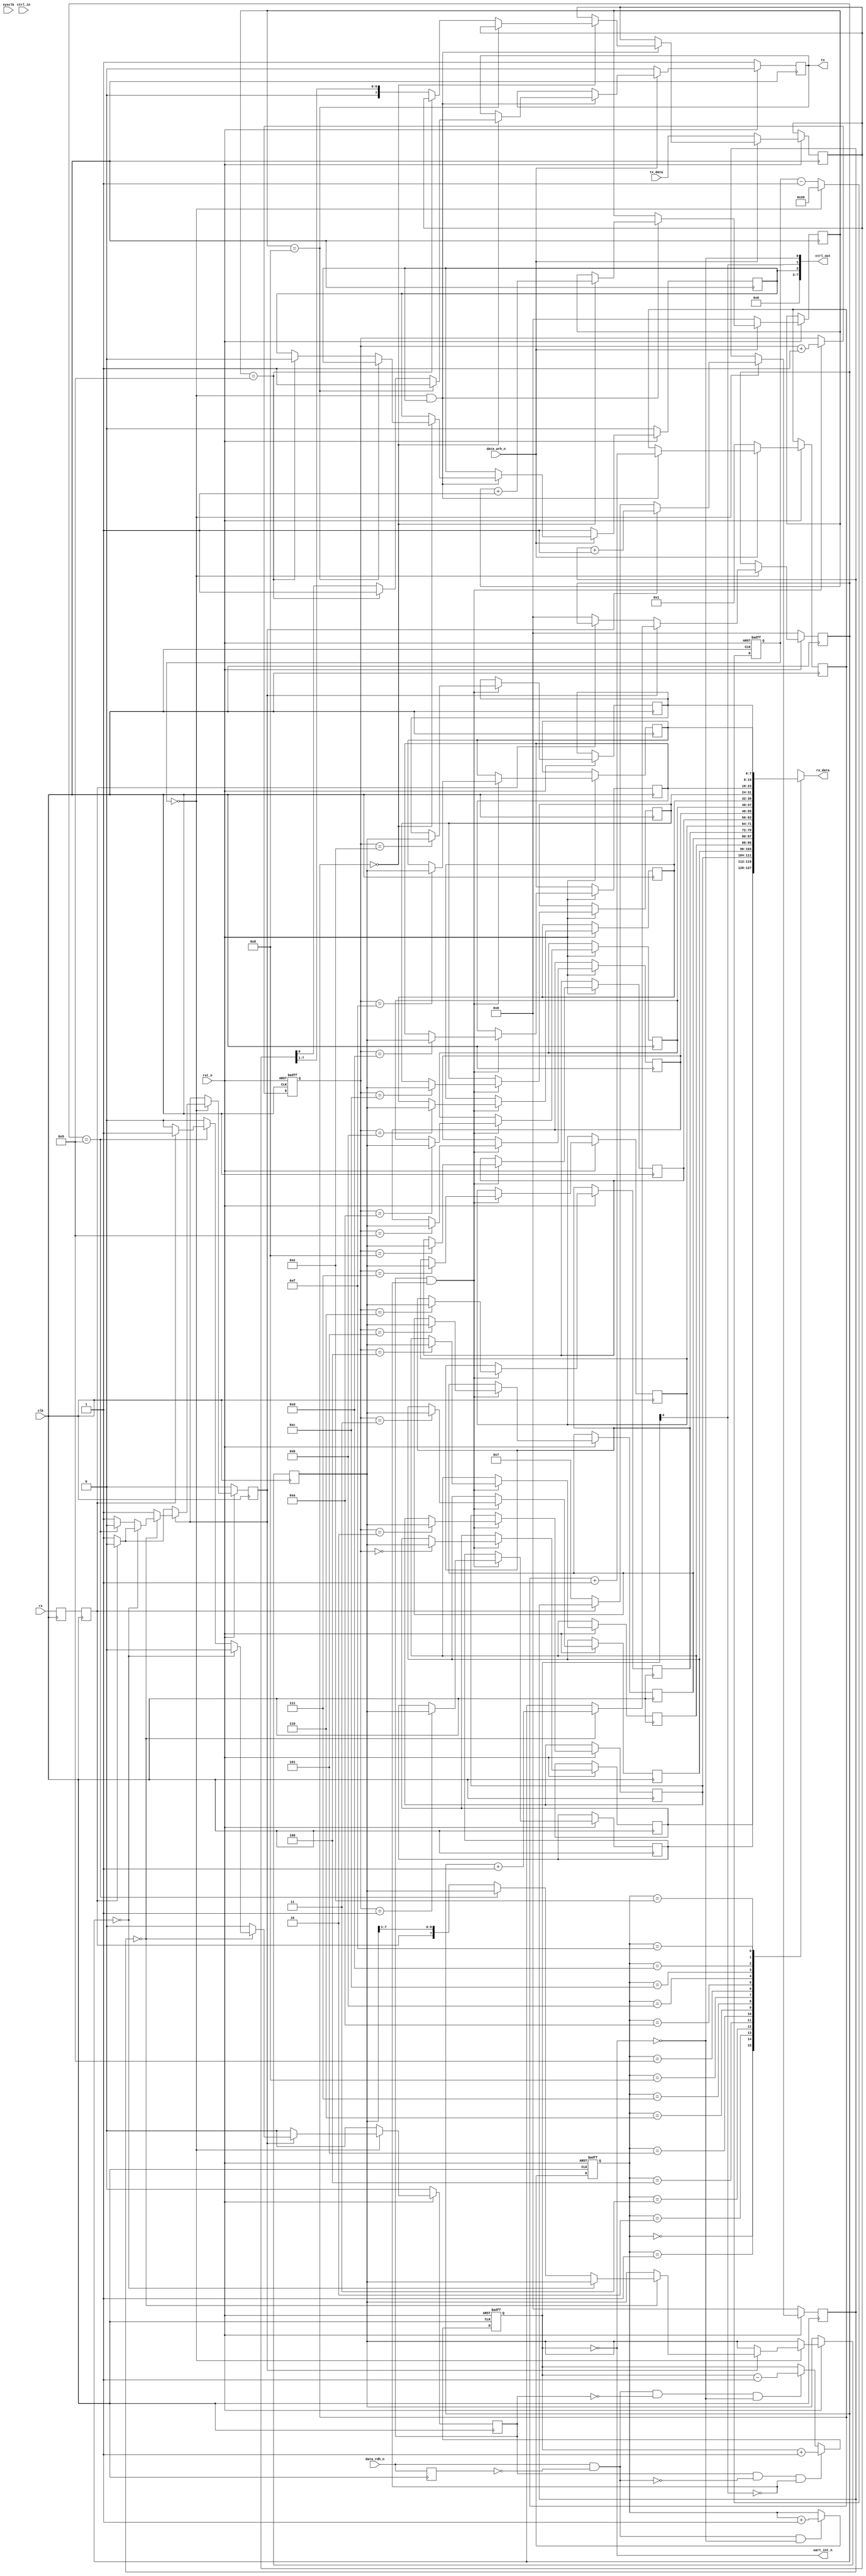
`timescale 1ns / 1ps

module uart_ctrl(
	// system
	input wire sysclk,
	input wire clk,
	input wire rst_n,
	
	// to bus_ctrl
	input wire [7:0] tx_data,
	output wire [7:0] rx_data,

	output wire [7:0] ctrl_out,
	input wire [7:0] ctrl_in,
	
	input wire data_wrh_n,
	input wire data_rdh_n,

	// UART signals	
	input wire rx, // Incoming serial line
	output reg tx, // Outgoing serial line
	
	// interrupt line
	output uart_int_n

);



	reg [7:0] rx_reg;
	
	
	reg prev;
	
	always @(posedge clk)
		prev <= data_rdh_n;
	

	wire rd_n_l;
	assign rd_n_l = data_rdh_n & ~prev;


	wire tx_wr;
	assign tx_wr = ~data_wrh_n;

	wire [7:0] divisor;
	reg rx_done;
	reg tx_done;
	
	assign divisor[7:0] = 8'd33; //clk_freq/baud/16


	
	reg [7:0] fifo [15:0];
	reg [3:0] rd_pt, wr_pt;
	
	reg [4:0] cnt;
	
	wire full, empty;
	assign full = cnt[4]; // == 5'd16;
	assign empty = cnt == 5'd0;

	assign uart_int_n = empty;
	//assign ctrl_out[0] = ~empty;
	//assign ctrl_out[1] = full;
	
	
	always @(posedge clk or negedge rst_n)
		if (~rst_n) begin
			wr_pt <= 4'h0;
			rd_pt <= 4'h0;
			cnt <= 5'h0;
		end else begin
			if (rx_done & ~full) begin
				wr_pt <= wr_pt + 4'h1;
				fifo[wr_pt] <= rx_reg;
			end
			
			if (rd_n_l & ~empty) begin
				rd_pt <= rd_pt + 4'h1;
			end
			
			if (rx_done & ~rd_n_l & ~full)
				cnt <= cnt + 5'h1;
			else if (rd_n_l & ~rx_done & ~empty)
				cnt <= cnt - 5'h1;
				
		end
	
		
	assign rx_data = fifo[rd_pt];
	
	//-----------------------------------------------------------------
	// enable16 generator
	//-----------------------------------------------------------------
	reg [7:0] enable16_counter;

	wire enable16;
	assign enable16 = (enable16_counter == 8'd0);

	always @(posedge clk or negedge rst_n) begin
		if(~rst_n)
			enable16_counter <= divisor - 8'b1;
		else begin
			enable16_counter <= enable16_counter - 8'd1;
			if(enable16)
				enable16_counter <= divisor - 8'b1;
		end
	end

	//-----------------------------------------------------------------
	// Synchronize uart_rx
	//-----------------------------------------------------------------
	reg uart_rx1;
	reg uart_rx2;

	always @(posedge clk) begin
		uart_rx1 <= rx;
		uart_rx2 <= uart_rx1;
	end

	//-----------------------------------------------------------------
	// UART RX Logic
	//-----------------------------------------------------------------
	reg rx_busy;
	reg [3:0] rx_count16;
	reg [3:0] rx_bitcount;
	

	always @(posedge clk) begin
		if(~rst_n) begin
			rx_done <= 1'b0;
			rx_busy <= 1'b0;
			rx_count16  <= 4'd0;
			rx_bitcount <= 4'd0;
		end else begin
			rx_done <= 1'b0;

			if(enable16) begin
				if(~rx_busy) begin // look for start bit
					if(~uart_rx2) begin // start bit found
						rx_busy <= 1'b1;
						rx_count16 <= 4'd7;
						rx_bitcount <= 4'd0;
					end
				end else begin
					rx_count16 <= rx_count16 + 4'd1;

					if(rx_count16 == 4'd0) begin // sample
						rx_bitcount <= rx_bitcount + 4'd1;

						if(rx_bitcount == 4'd0) begin // verify startbit
							if(uart_rx2)
								rx_busy <= 1'b0;
						end else if(rx_bitcount == 4'd9) begin
							rx_busy <= 1'b0;
							if(uart_rx2) begin // stop bit ok
								//rx_data <= rx_reg;
								rx_done <= 1'b1;
							end // ignore RX error
						end else
							rx_reg <= {uart_rx2, rx_reg[7:1]};
					end
				end
			end
		end
	end

	//-----------------------------------------------------------------
	// UART TX Logic
	//-----------------------------------------------------------------
	reg tx_busy;
	//assign ctrl_out[2] = tx_busy;
	reg [3:0] tx_bitcount;
	reg [3:0] tx_count16;
	reg [7:0] tx_reg;

	always @(posedge clk) begin
		if(~rst_n) begin
			tx_done <= 1'b0;
			tx_busy <= 1'b0;
			tx <= 1'b1;
		end else begin
			tx_done <= 1'b0;
			if(tx_wr) begin
				tx_reg <= tx_data;
				tx_bitcount <= 4'd0;
				tx_count16 <= 4'd1;
				tx_busy <= 1'b1;
				tx <= 1'b0;
			end else if(enable16 && tx_busy) begin
				tx_count16  <= tx_count16 + 4'd1;

				if(tx_count16 == 4'd0) begin
					tx_bitcount <= tx_bitcount + 4'd1;
					
					if(tx_bitcount == 4'd8) begin
						tx <= 1'b1;
					end else if(tx_bitcount == 4'd9) begin
						tx <= 1'b1;
						tx_busy <= 1'b0;
						tx_done <= 1'b1;
					end else begin
						tx <= tx_reg[0];
						tx_reg <= {1'b0, tx_reg[7:1]};
					end
				end
			end
		end
	end


	assign ctrl_out[7:0] = {5'h0, tx_busy, full, ~empty};


endmodule